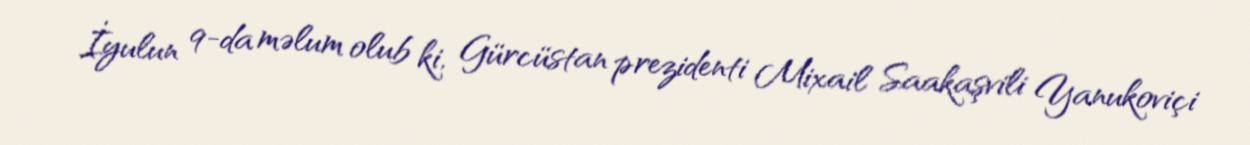
İyulun 9-da məlum olub ki, Gürcüstan prezidenti Mixail Saakaşvili Yanukoviçi